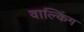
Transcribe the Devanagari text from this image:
वाल्किंग